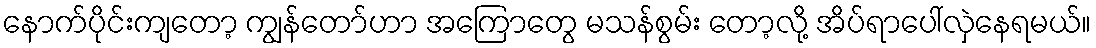
နောက်ပိုင်းကျတော့ ကျွန်တော်ဟာ အကြောတွေ မသန်စွမ်း တော့လို့ အိပ်ရာပေါ်လှဲနေရမယ်။